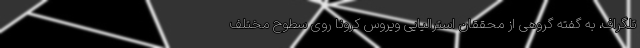
تلگراف، به گفته گروهی از محققان استرالیایی ویروس کرونا روی سطوح مختلف